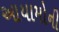
આયામોની